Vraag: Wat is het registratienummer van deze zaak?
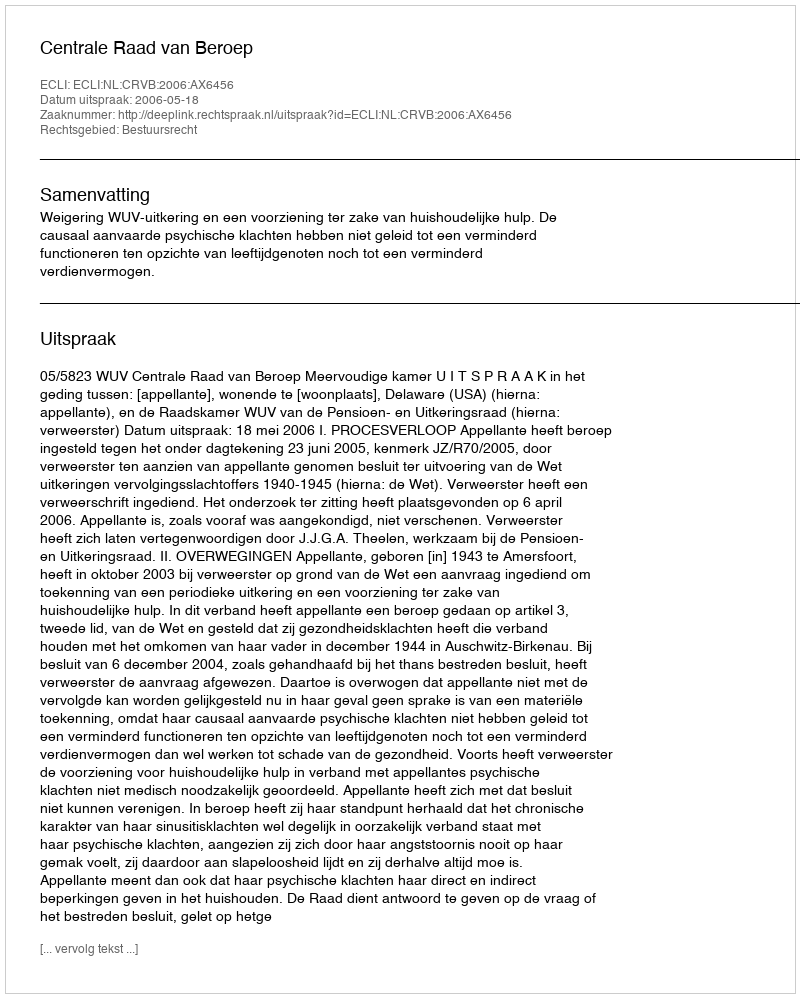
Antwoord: http://deeplink.rechtspraak.nl/uitspraak?id=ECLI:NL:CRVB:2006:AX6456